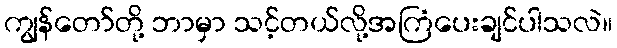
ကျွန်တော်တို့ ဘာမှာ သင့်တယ်လို့အကြံပေးချင်ပါသလဲ။